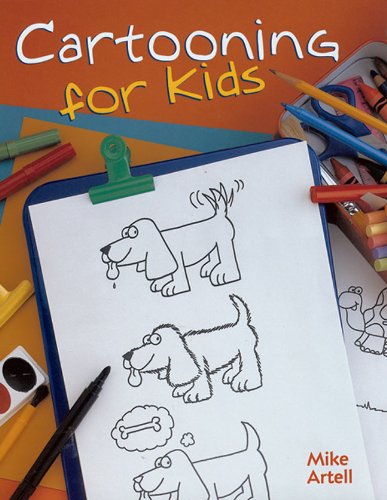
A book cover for Cartooning For Kids; Mike Artell; Comics & Graphic Novels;